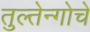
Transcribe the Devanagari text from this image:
तुल्तेन्गोचे